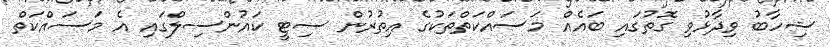
ޝިހާބު ވިދާޅުވި ގޮތުގައި ބައެއް މަސައްކަތްތަކުގެ އިތުރުން ސިޓީ ކައުންސިލްގައި އެ މަސައްކަތް